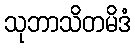
သုဘာသိတမိဒံ